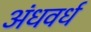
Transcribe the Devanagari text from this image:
अंधवर्ध